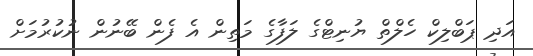
އަދި ޕަބްލިކް ހެލްތް ޔުނިޓްގެ ލަފާގެ މަތިން އެ ފެން ބޭނުން ނުކުރުމަށް